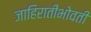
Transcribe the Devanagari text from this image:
जाहिरातींभोवती